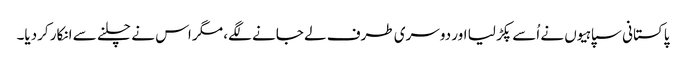
پاکستانی سپاہیوں نے اُسے پکڑ لیا اور دوسری طرف لے جانے لگے، مگر اس نے چلنے سے انکار کردیا۔